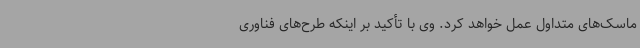
ماسک‌های متداول عمل خواهد کرد. وی با تأکید بر اینکه طرح‌های فناوری